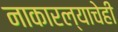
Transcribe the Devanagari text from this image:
नाकारल्याचेही